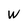
Character: w